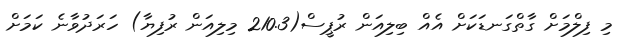
މި ފިލްމަށް ގާތްގަނޑަކަށް އެއް ބިލިއަން ރުޕީސް(210.3 މިލިއަން ރުފިޔާ) ހަރަދުވާނެ ކަމަށް